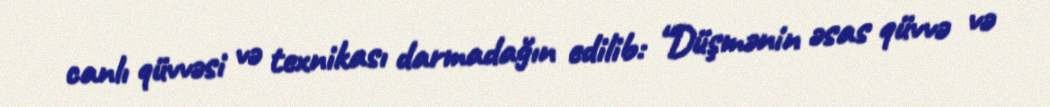
canlı qüvvəsi və texnikası darmadağın edilib: “Düşmənin əsas qüvvə və